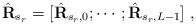
LaTeX: \begin{align*} \hat{\textbf{R}}_{s_r} = [\hat{\textbf{R}}_{s_r,0}; \cdots; \hat{\textbf{R}}_{s_r,L-1}]\;,\end{align*}